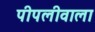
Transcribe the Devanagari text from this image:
पीपलीवाला